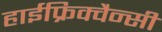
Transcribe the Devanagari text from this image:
हाईफ्रिक्वैन्सी